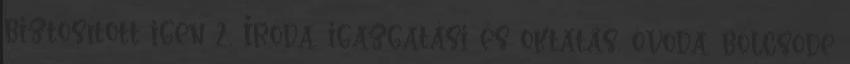
biztosított igen 2. Iroda, igazgatási és oktatás, óvoda, bölcsõde